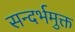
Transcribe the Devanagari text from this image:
सन्दर्भमुक्त